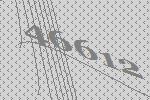
46612